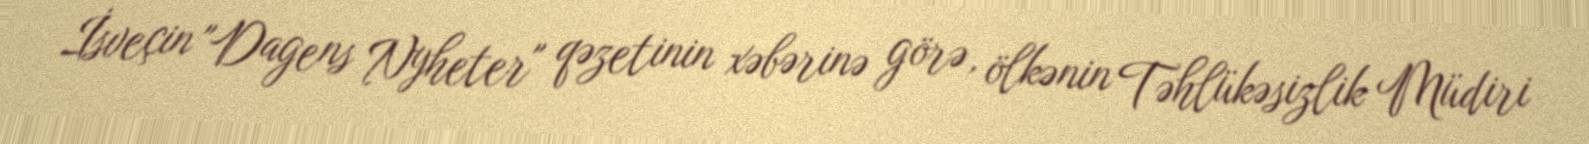
İsveçin "Dagens Nyheter" qəzetinin xəbərinə görə, ölkənin Təhlükəsizlik Müdiri